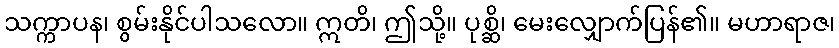
သက္ကာပန၊ စွမ်းနိုင်ပါသလော။ ဣတိ၊ ဤသို့။ ပုစ္ဆိ၊ မေးလျှောက်ပြန်၏။ မဟာရာဇ၊